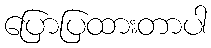
ပြောပြထားတာပါ